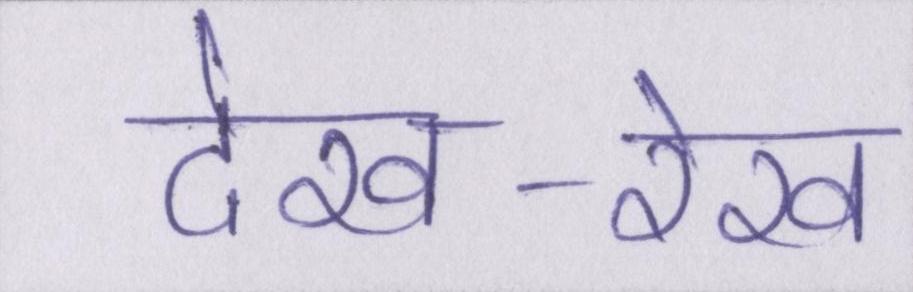
देख-रेख